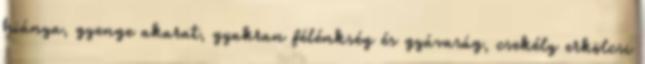
hiánya, gyenge akarat, gyakran félénkség és gyávaság, csekély erkölcsi